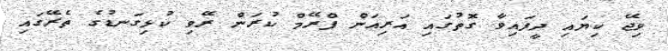
ވިޖޭ ކިޔައި ދީފައިވާ ގޮތުގައި އަރިއަން ފްރޭމް ކުރަން ރޭވި ކުޅިގަނޑުގެ ތެރޭގައި